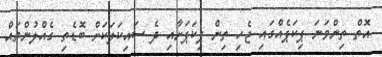
އޮތް ތިންވަނަ ޕިކަޕެއްގައި ޖެހި ތިން ޕިކަޕަށާއި ދެ ސައިކަލަކަށް ބޮޑެތި ގެއްލުންތައް